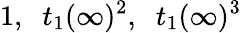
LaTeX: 1,\; \; t_{1}(\infty)^{2},\; \; t_{1}(\infty)^{3}